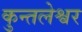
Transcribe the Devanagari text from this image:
कुन्तलेश्वर